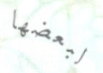
لبعضها